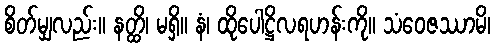
စိတ်မျှလည်း။ နတ္ထိ၊ မရှိ။ နံ၊ ထိုပေါဋ္ဌိလရဟန်းကို။ သံဝေဇဿာမိ၊